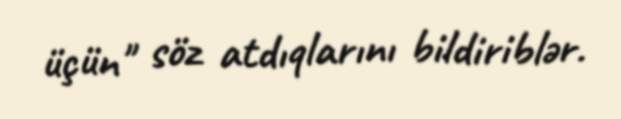
üçün" söz atdıqlarını bildiriblər.